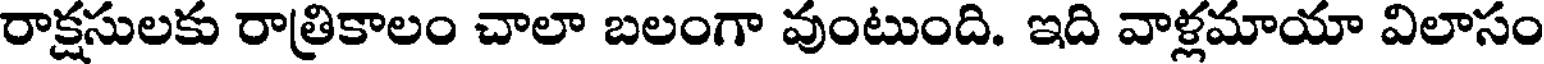
రాక్షసులకు రాత్రికాలం చాలా బలంగా వుంటుంది. ఇది వాళ్లమాయా విలాసం